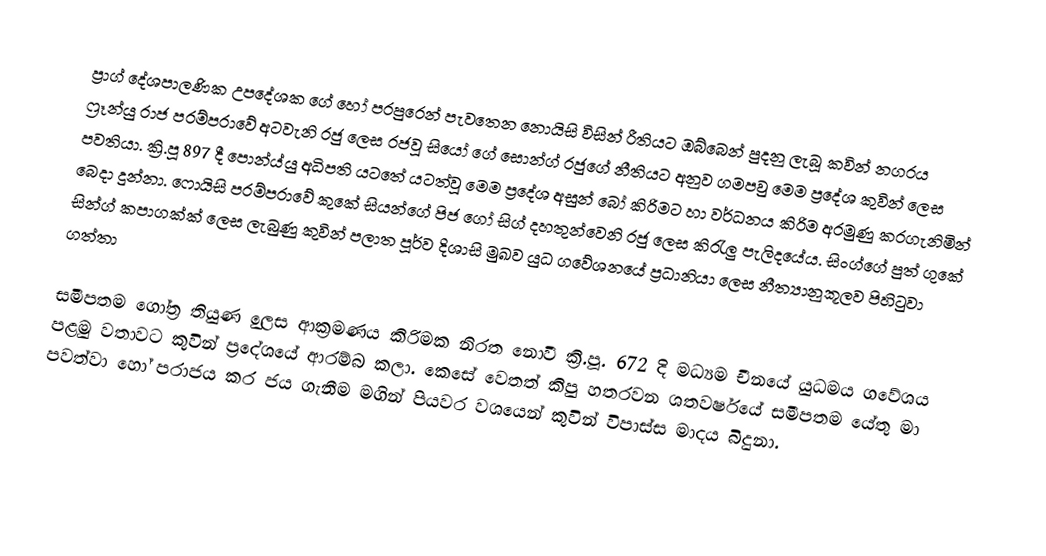
ප්‍රාග් දේශපාලණික උපදේශක ගේ හෝ පරපුරෙන් පැවතෙන නොයිසි විසින් රීතියට ඔබ්‍බෙන් පුදනු ලැබූ කවින් නගරය ෆ්‍රෑන්යු රාජ පරම්පරා‍වේ අටවැනි රජු ලෙස රජවූ සියෝ ගේ සොන්ග් රජුගේ නීතියට අනුව ගමපවු මෙම ප්‍රදේශ කුවින් ලෙස පවතියා. ක්‍රි.පූ 897 දී පොන්ය්යු අධිපති යටතේ යටත්වූ මෙම ප්‍රදේශ අසුන් බෝ කිරිමට හා වර්ධනය කිරිම අරමුණු කරගැනිමින් බෙදා දුන්නා. ෆොයිසි පරම්පරාවේ කුකේ සියන්ගේ පිජ ගෝ සිග් දහතුන්වෙනි රජු ලෙස කිරැලු පැලිදයේය. සිංග්ගේ පුත් ගුකේ සින්ග් කපාගක්ක් ලෙස ලැබුණු කුවින් පලාත පූර්ව දිශාසි මුඛව යුධ ගවේශනයේ ප්‍රධානියා ලෙස නීත්‍යානුකූලව පිහිටුවා ගත්තා

සමීපතම ගෝත්‍ර තියුණ ුලෙස ආක්‍රමණය කිරිමක නිරත නොවී ක්‍රි.පූ. 672 දි මධ්‍යම චීනයේ යුධමය ගවේශය පළමු වතාවට කුවින් ප්‍රදේශයේ ආරම්බ කලා. කෙසේ වෙතත් කිපු හතරවන ශතවර්ෂයේ සමීපතම යේතු මා පවත්වා හෝ පරාජය කර ජය ගැනීම මගින් පියවර වශයෙන් කුවින් විපාස්ස මාදය බිදුනා.